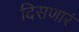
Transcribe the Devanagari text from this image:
दिसणारं